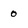
Character: 0